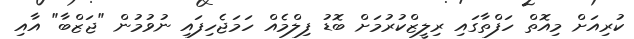
ކުރިއަށް މިއޮތް ހަފްތާގައި ރިލީޒްކުރުމަށް ބޮޑު ފިލްމެއް ހަމަޖެހިފައި ނުވުމުން "ޖަޒްބާ" އާއި